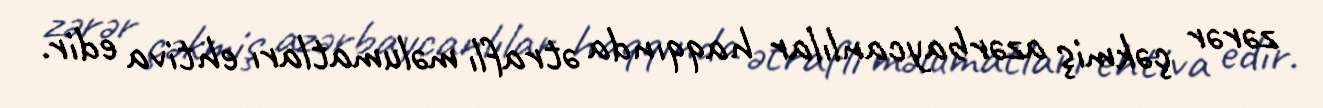
zərər çəkmiş azərbaycanlılar haqqında ətraflı məlumatları ehtiva edir.